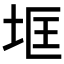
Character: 𱖟